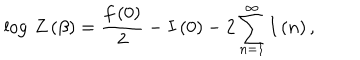
\log \, Z \left( \beta \right) = \frac { f \left( 0 \right) } { 2 } - I \left( 0 \right) - 2 \sum _ { n = 1 } ^ { \infty } I \left( n \right) ,